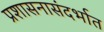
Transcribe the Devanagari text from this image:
प्रशासनासंदर्भात